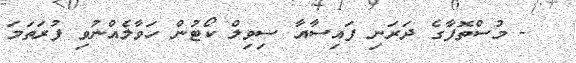
- މުސްތޮފާގެ ދަރަނި ފައިސާއާ ސިވިލް ކޯޓުން ހަވާލެއްނުވި ފުރަތަމަ